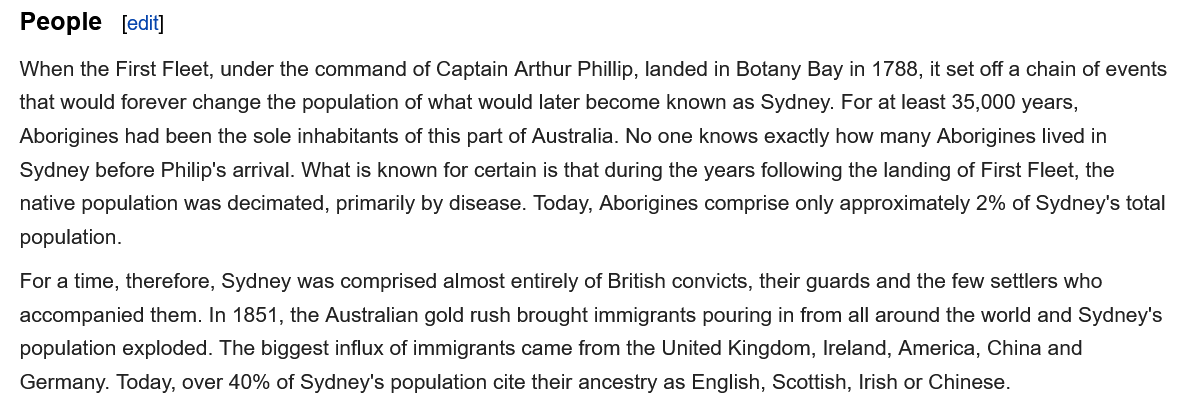
People    edit
  When the First Fleet, under the command of Captain Arthur Phillip, landed in Botany Bay in 1788, it set off a chain of events
  that would forever change the population of what would later become known as Sydney. For at least 35,000 years,
  Aborigines had been the sole inhabitants of this part of Australia. No one knows exactly how many Aborigines lived in
  Sydney before Philip's arrival. What is known for certain is that during the years following the landing of First Fleet, the
  native population was decimated, primarily by disease. Today, Aborigines comprise only approximately 2% of Sydney's total
  population.
  For a time, therefore, Sydney was comprised almost entirely of British convicts, their guards and the few settlers who
  accompanied them. In 1851, the Australian gold rush brought immigrants pouring in from all around the world and Sydney's
  population exploded. The biggest influx of immigrants came from the United Kingdom, Ireland, America, China and
  Germany. Today, over 40% of Sydney's population cite their ancestry as English, Scottish, Irish or Chinese.